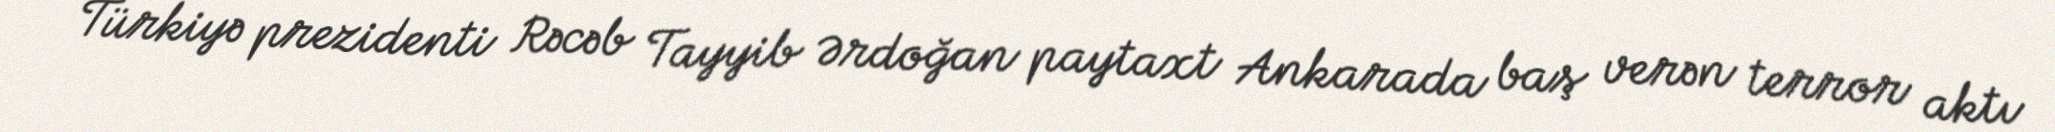
Türkiyə prezidenti Rəcəb Tayyib Ərdoğan paytaxt Ankarada baş verən terror aktı